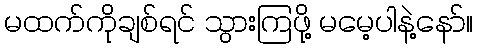
မထက်ကိုချစ်ရင် သွားကြဖို့ မမေ့ပါနဲ့နော်။